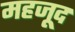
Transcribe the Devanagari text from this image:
महजूद